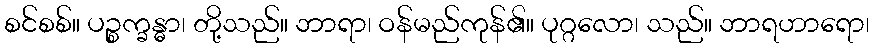
စင်စစ်။ ပဉ္စက္ခန္ဓာ၊ တို့သည်။ ဘာရာ၊ ဝန်မည်ကုန်၏။ ပုဂ္ဂလော၊ သည်။ ဘာရဟာရော၊